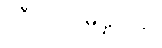
သီလသမ္ပန္နတရံ